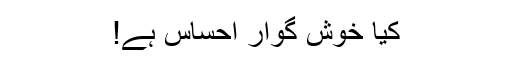
کیا خوش گوار احساس ہے!